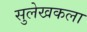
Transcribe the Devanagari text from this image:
सुलेखकला